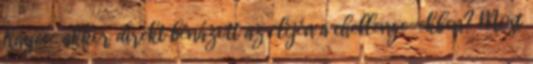
Kaycee akkor direkt bénázott az elején a chellenge-ekben? Most